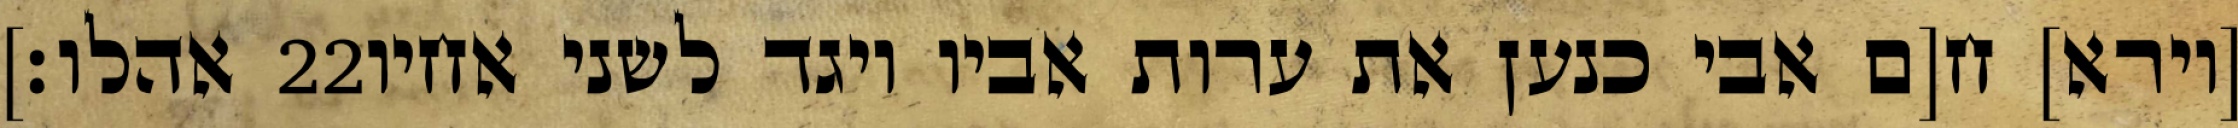
אהלו׃] ‎22‏ [וירא] ח[ם אבי כנען את ערות אביו ויגד לשני אחיו